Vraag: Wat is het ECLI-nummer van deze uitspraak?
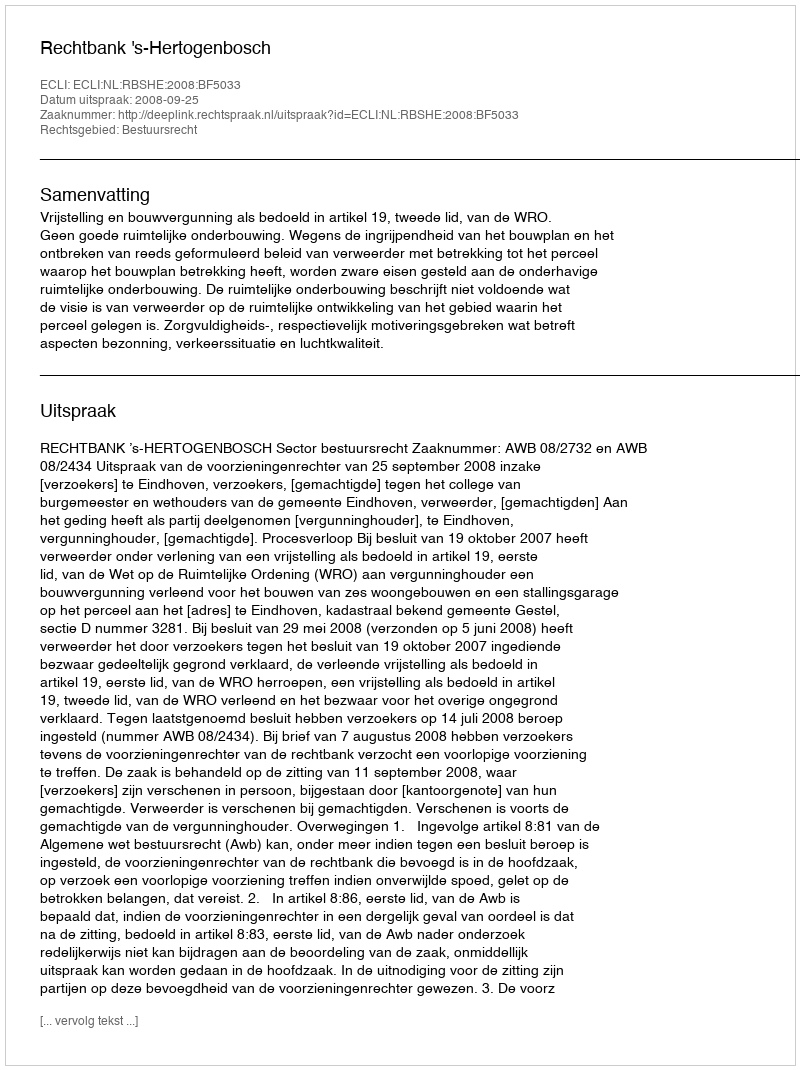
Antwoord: ECLI:NL:RBSHE:2008:BF5033